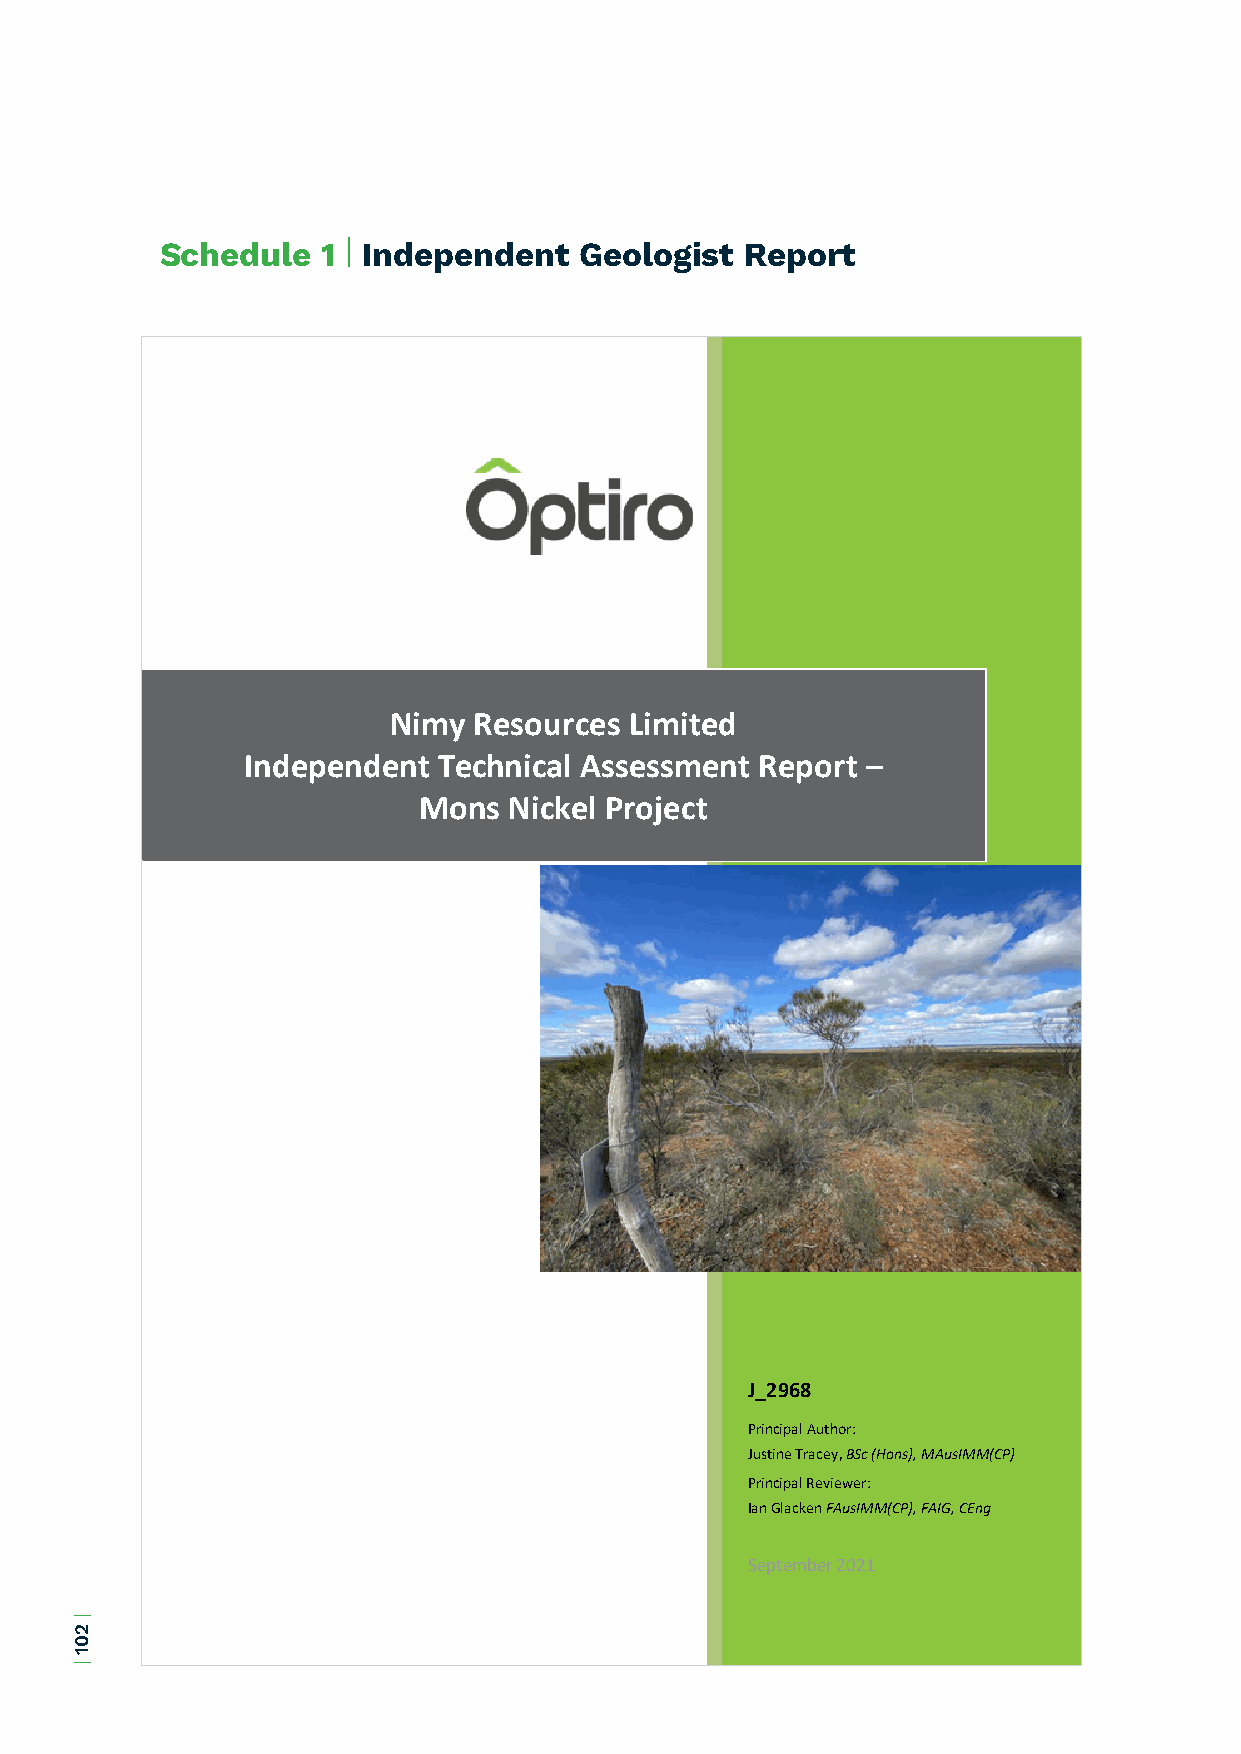
Schedule  1 | Independent  Geologist  Report
 Nimy Resources  Limited
 Independent  Technical Assessment Report –
 Mons  Nickel Project
 J_2968
 Principal Author:
 Justine Tracey, BSc (Hons), MAusIMM(CP)
 Principal Reviewer:
 Ian Glacken FAusIMM(CP), FAIG, CEng
 September 2021
 |
 201
 |